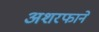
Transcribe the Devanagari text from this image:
अशरफाने